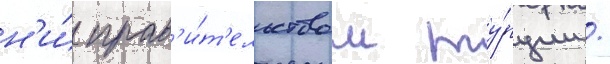
н'и́ прав'и́т'ельством ту́рции /